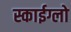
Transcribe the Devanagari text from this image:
स्काईग्लो